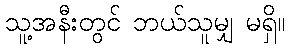
သူ့အနီးတွင် ဘယ်သူမျှ မရှိ။